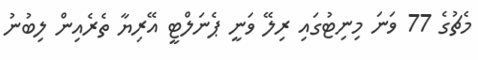
މެޗުގެ 77 ވަނަ މިނިޓުގައި ރިލޭ ވަނީ ޕެނަލްޓީ އޭރިޔާ ތެެރެއިން ލިބުނު